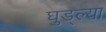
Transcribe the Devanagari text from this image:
घुड्ल्या